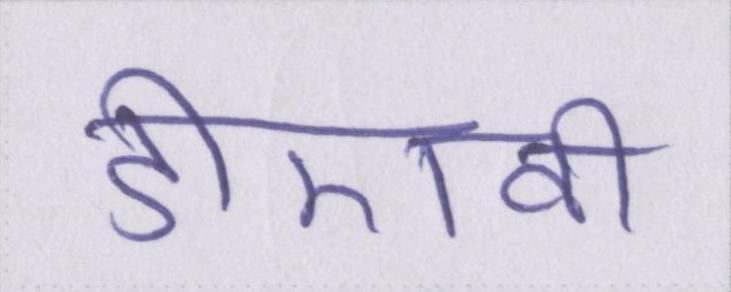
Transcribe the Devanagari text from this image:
डीएवी